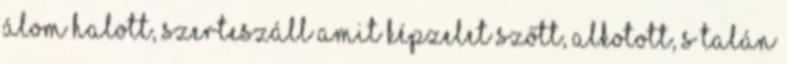
álom halott, szerteszáll amit képzelet szőtt, alkotott, s talán